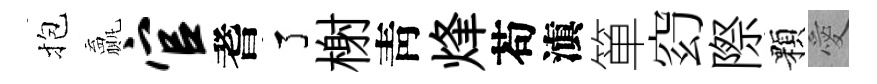
抱贏官耆了榭靑烽苟滇箪𥥆際顆愛